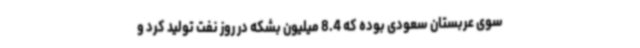
سوی عربستان سعودی بوده که 8.4 میلیون بشکه در روز نفت تولید کرد و